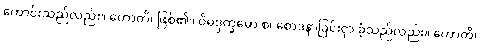
ကောင်းသည်လည်း။ ဟောတိ၊ ဖြစ်၏။ ဝိမဒ္ဒက္ခမော စ၊ စောဒနာခြင်းငှာ ခံ့သည်လည်း။ ဟောတိ၊